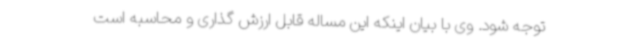
توجه شود. وی با بیان اینکه این مساله قابل ارزش گذاری و محاسبه است